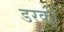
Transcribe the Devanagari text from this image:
डरकी